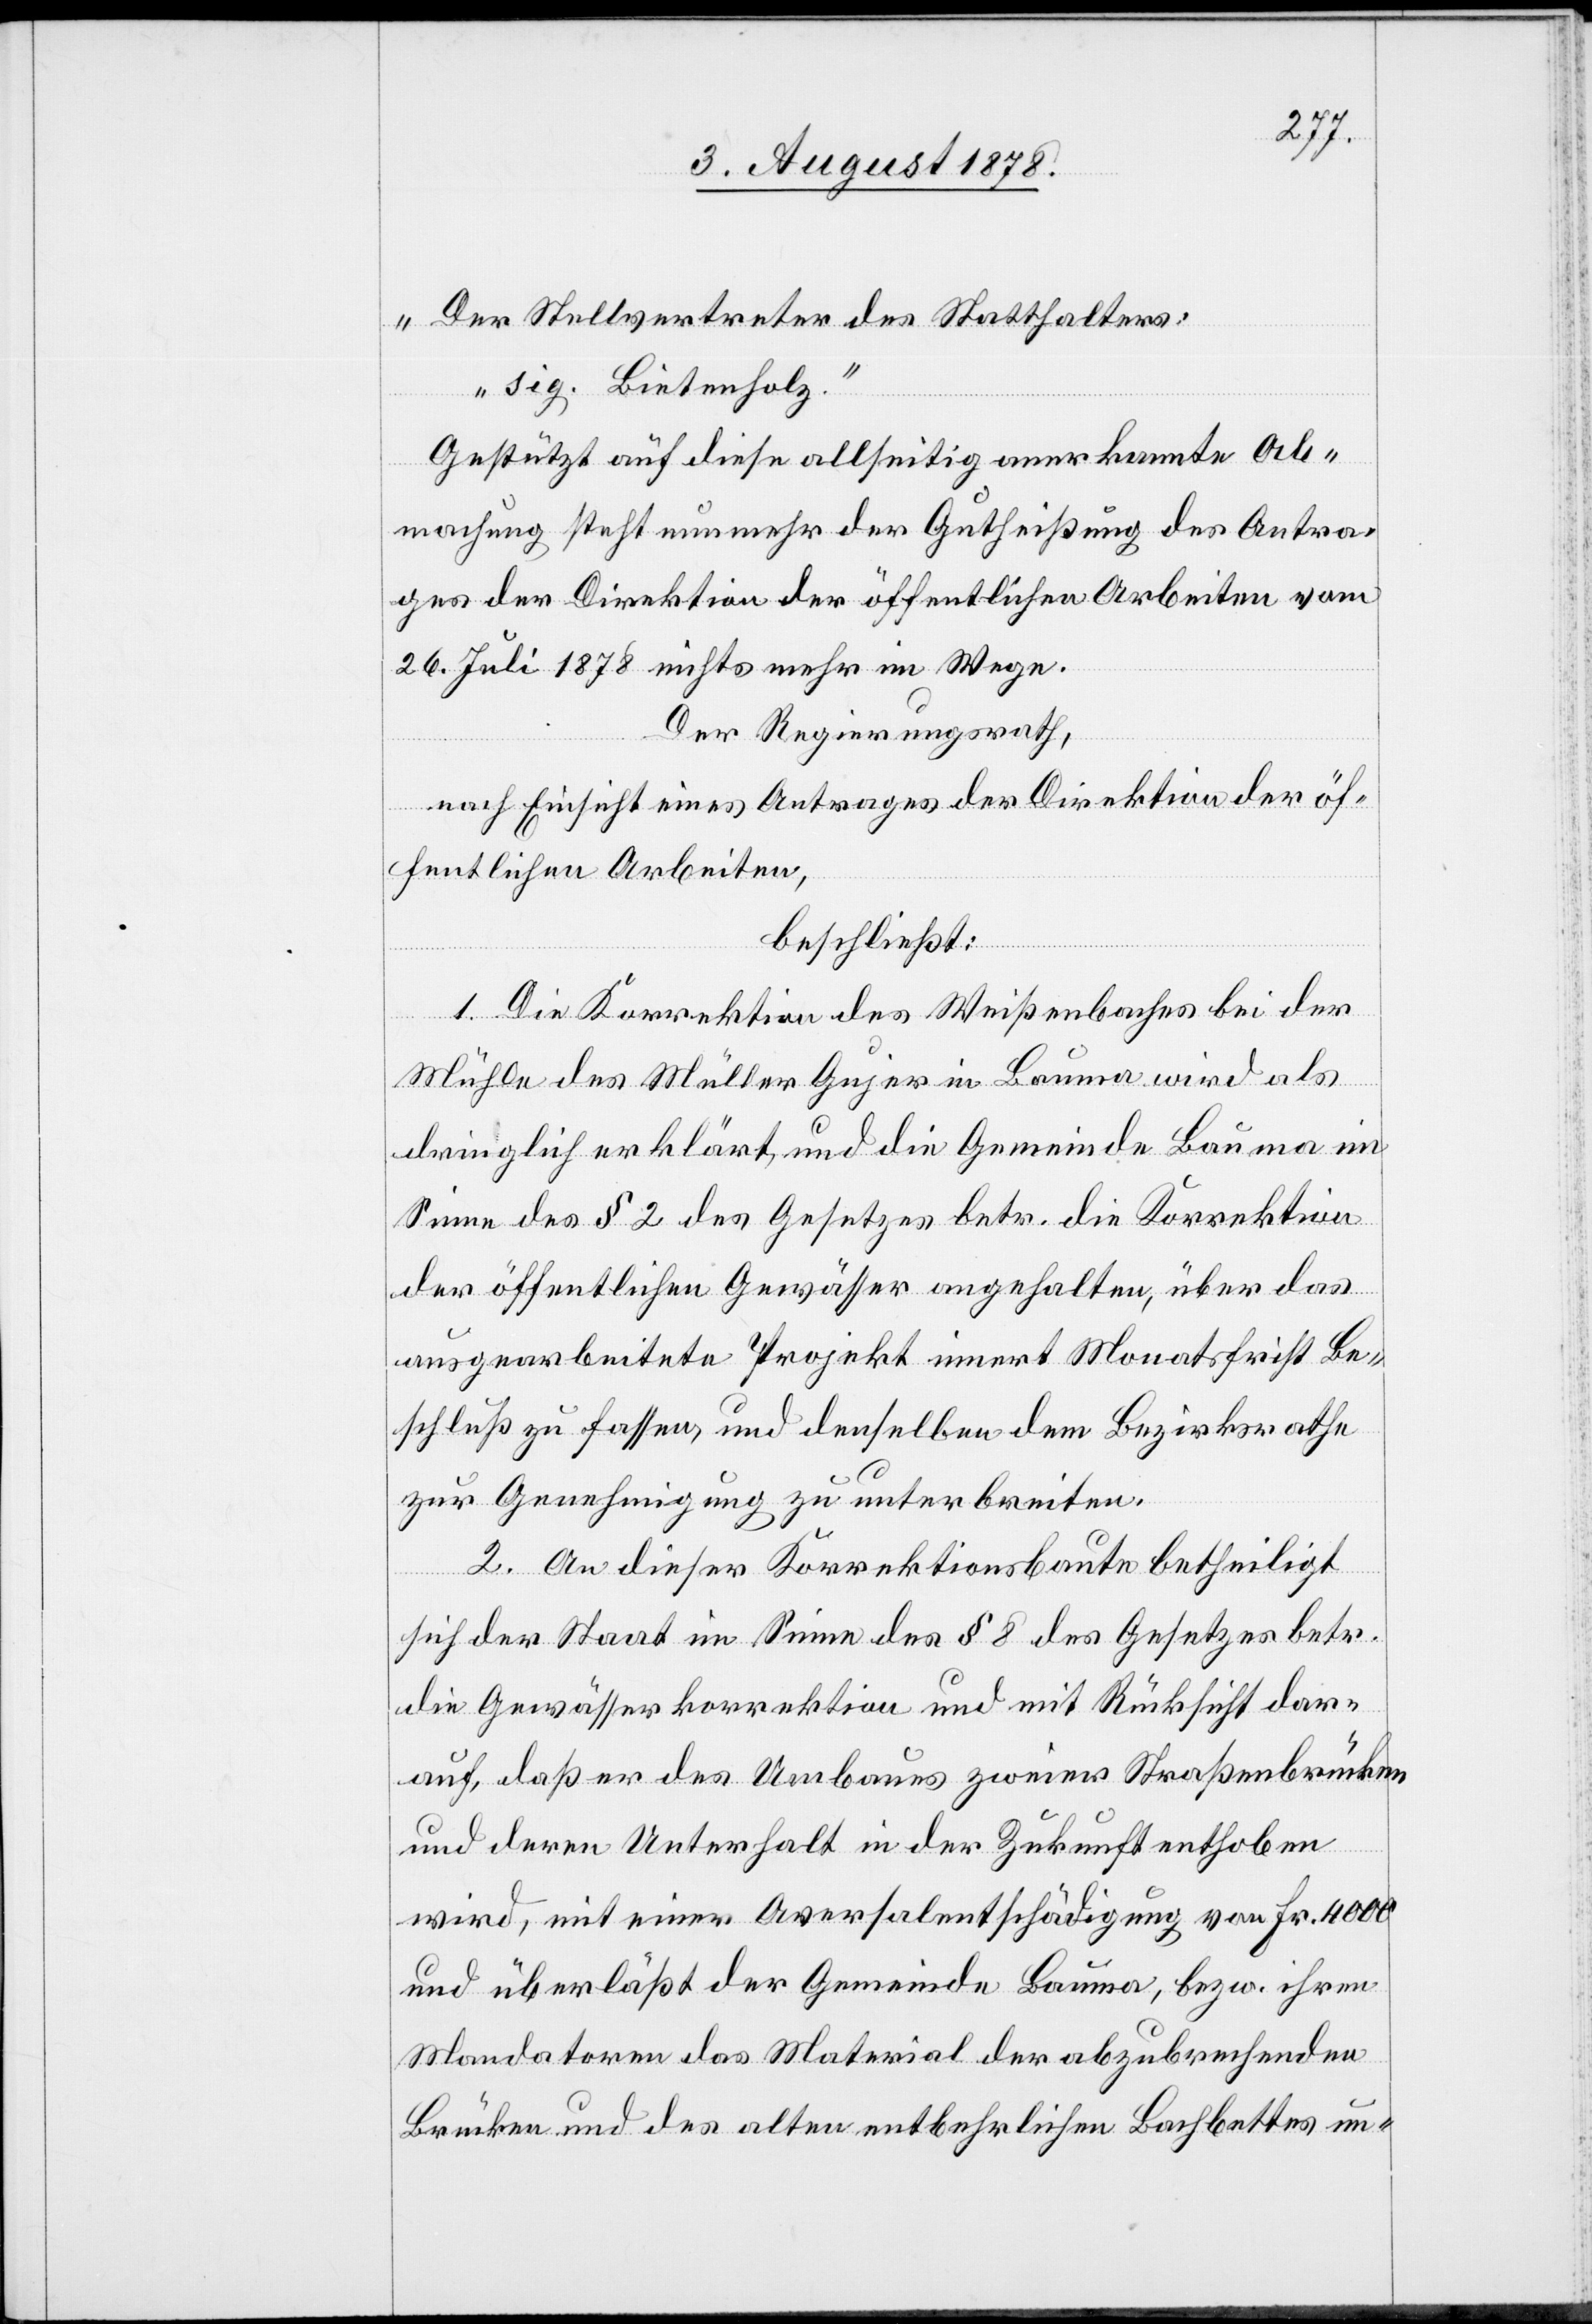
Der Stellvertreter des Statthalters:
sig. Bietenholz.“
Gestützt auf diese allseitig anerkannte Ab¬
machung steht nunmehr der Gutheißung des Antra¬
ges der Direktion der öffentlichen Arbeiten vom
26. Juli 1878 nichts mehr im Wege.
Der Regierungsrath,
nach Einsicht eines Antrages der Direktion der öf¬
fentlichen Arbeiten,
beschließt:
1. Die Korrektion des Weißenbaches bei der
Mühle des Müller Gujer in Bauma wird als
dringlich erklärt und die Gemeinde Bauma im
Sinne des § 2 des Gesetzes betr. die Korrektion
der öffentlichen Gewässer angehalten, über das
ausgearbeitete Projekt innert Monatsfrist Be¬
schluß zu fassen, und denselben dem Bezirksrathe
zur Genehmigung zu unterbreiten.
2. An dieser Korrektionsbaute betheiligt
sich der Staat im Sinne des § 8 des Gesetzes betr.
die Gewässerkorrektion und mit Rücksicht dar¬
auf, daß er des Umbaues zweier Straßenbrücken
und deren Unterhalt in der Zukunft enthoben
wird, mit einer Aversalentschädigung von Fr. 4000
und überläßt der Gemeinde Bauma, bezw. ihren
Mandatoren das Material der abzubrechenden
Brücken und des alten entbehrlichen Bachbettes un-